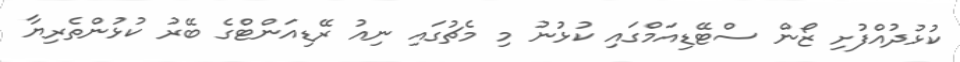
ކުޅުދުއްފުށި ޒޯން ސްޓޭޑިއަމްގައި ކުޅުނު މި މެޗުގައި ނިއު ރޭޑިއަންޓްގެ ބޭރު ކުޅުންތެރިޔާ